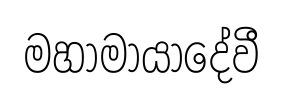
මහාමායාදේවී